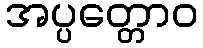
အပ္ပတ္တောဝ